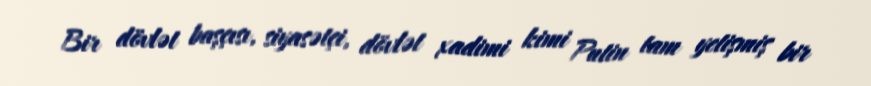
Bir dövlət başçısı, siyasətçi, dövlət xadimi kimi Putin tam yetişmiş bir